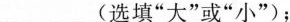
___(选填”大”或”小”)；